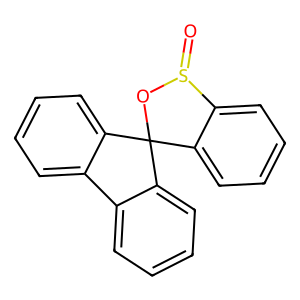
SMILES: O=S1OC2(c3ccccc3-c3ccccc32)c2ccccc21
Inhibits HIV replication: No